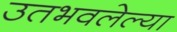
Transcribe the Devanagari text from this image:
उतभवलेल्या